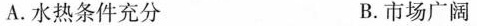
A.水热条件充分 B.市场广阔